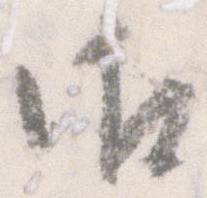
御